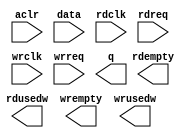
module IPfifo (
	aclr,
	data,
	rdclk,
	rdreq,
	wrclk,
	wrreq,
	q,
	rdempty,
	rdusedw,
	wrempty,
	wrusedw);

	input	  aclr;
	input	[9:0]  data;
	input	  rdclk;
	input	  rdreq;
	input	  wrclk;
	input	  wrreq;
	output	[9:0]  q;
	output	  rdempty;
	output	[13:0]  rdusedw;
	output	  wrempty;
	output	[13:0]  wrusedw;
`ifndef ALTERA_RESERVED_QIS
// synopsys translate_off
`endif
	tri0	  aclr;
`ifndef ALTERA_RESERVED_QIS
// synopsys translate_on
`endif

endmodule